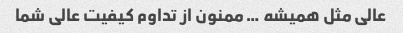
عالی مثل همیشه … ممنون از تداوم کیفیت عالی شما